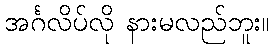
အင်္ဂလိပ်လို နားမလည်ဘူး။